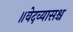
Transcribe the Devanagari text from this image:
॥वेदव्यासश्च